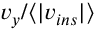
v _ { y } / \langle | v _ { i n s } | \rangle